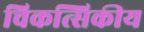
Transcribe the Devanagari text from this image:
चिकत्सिकीय